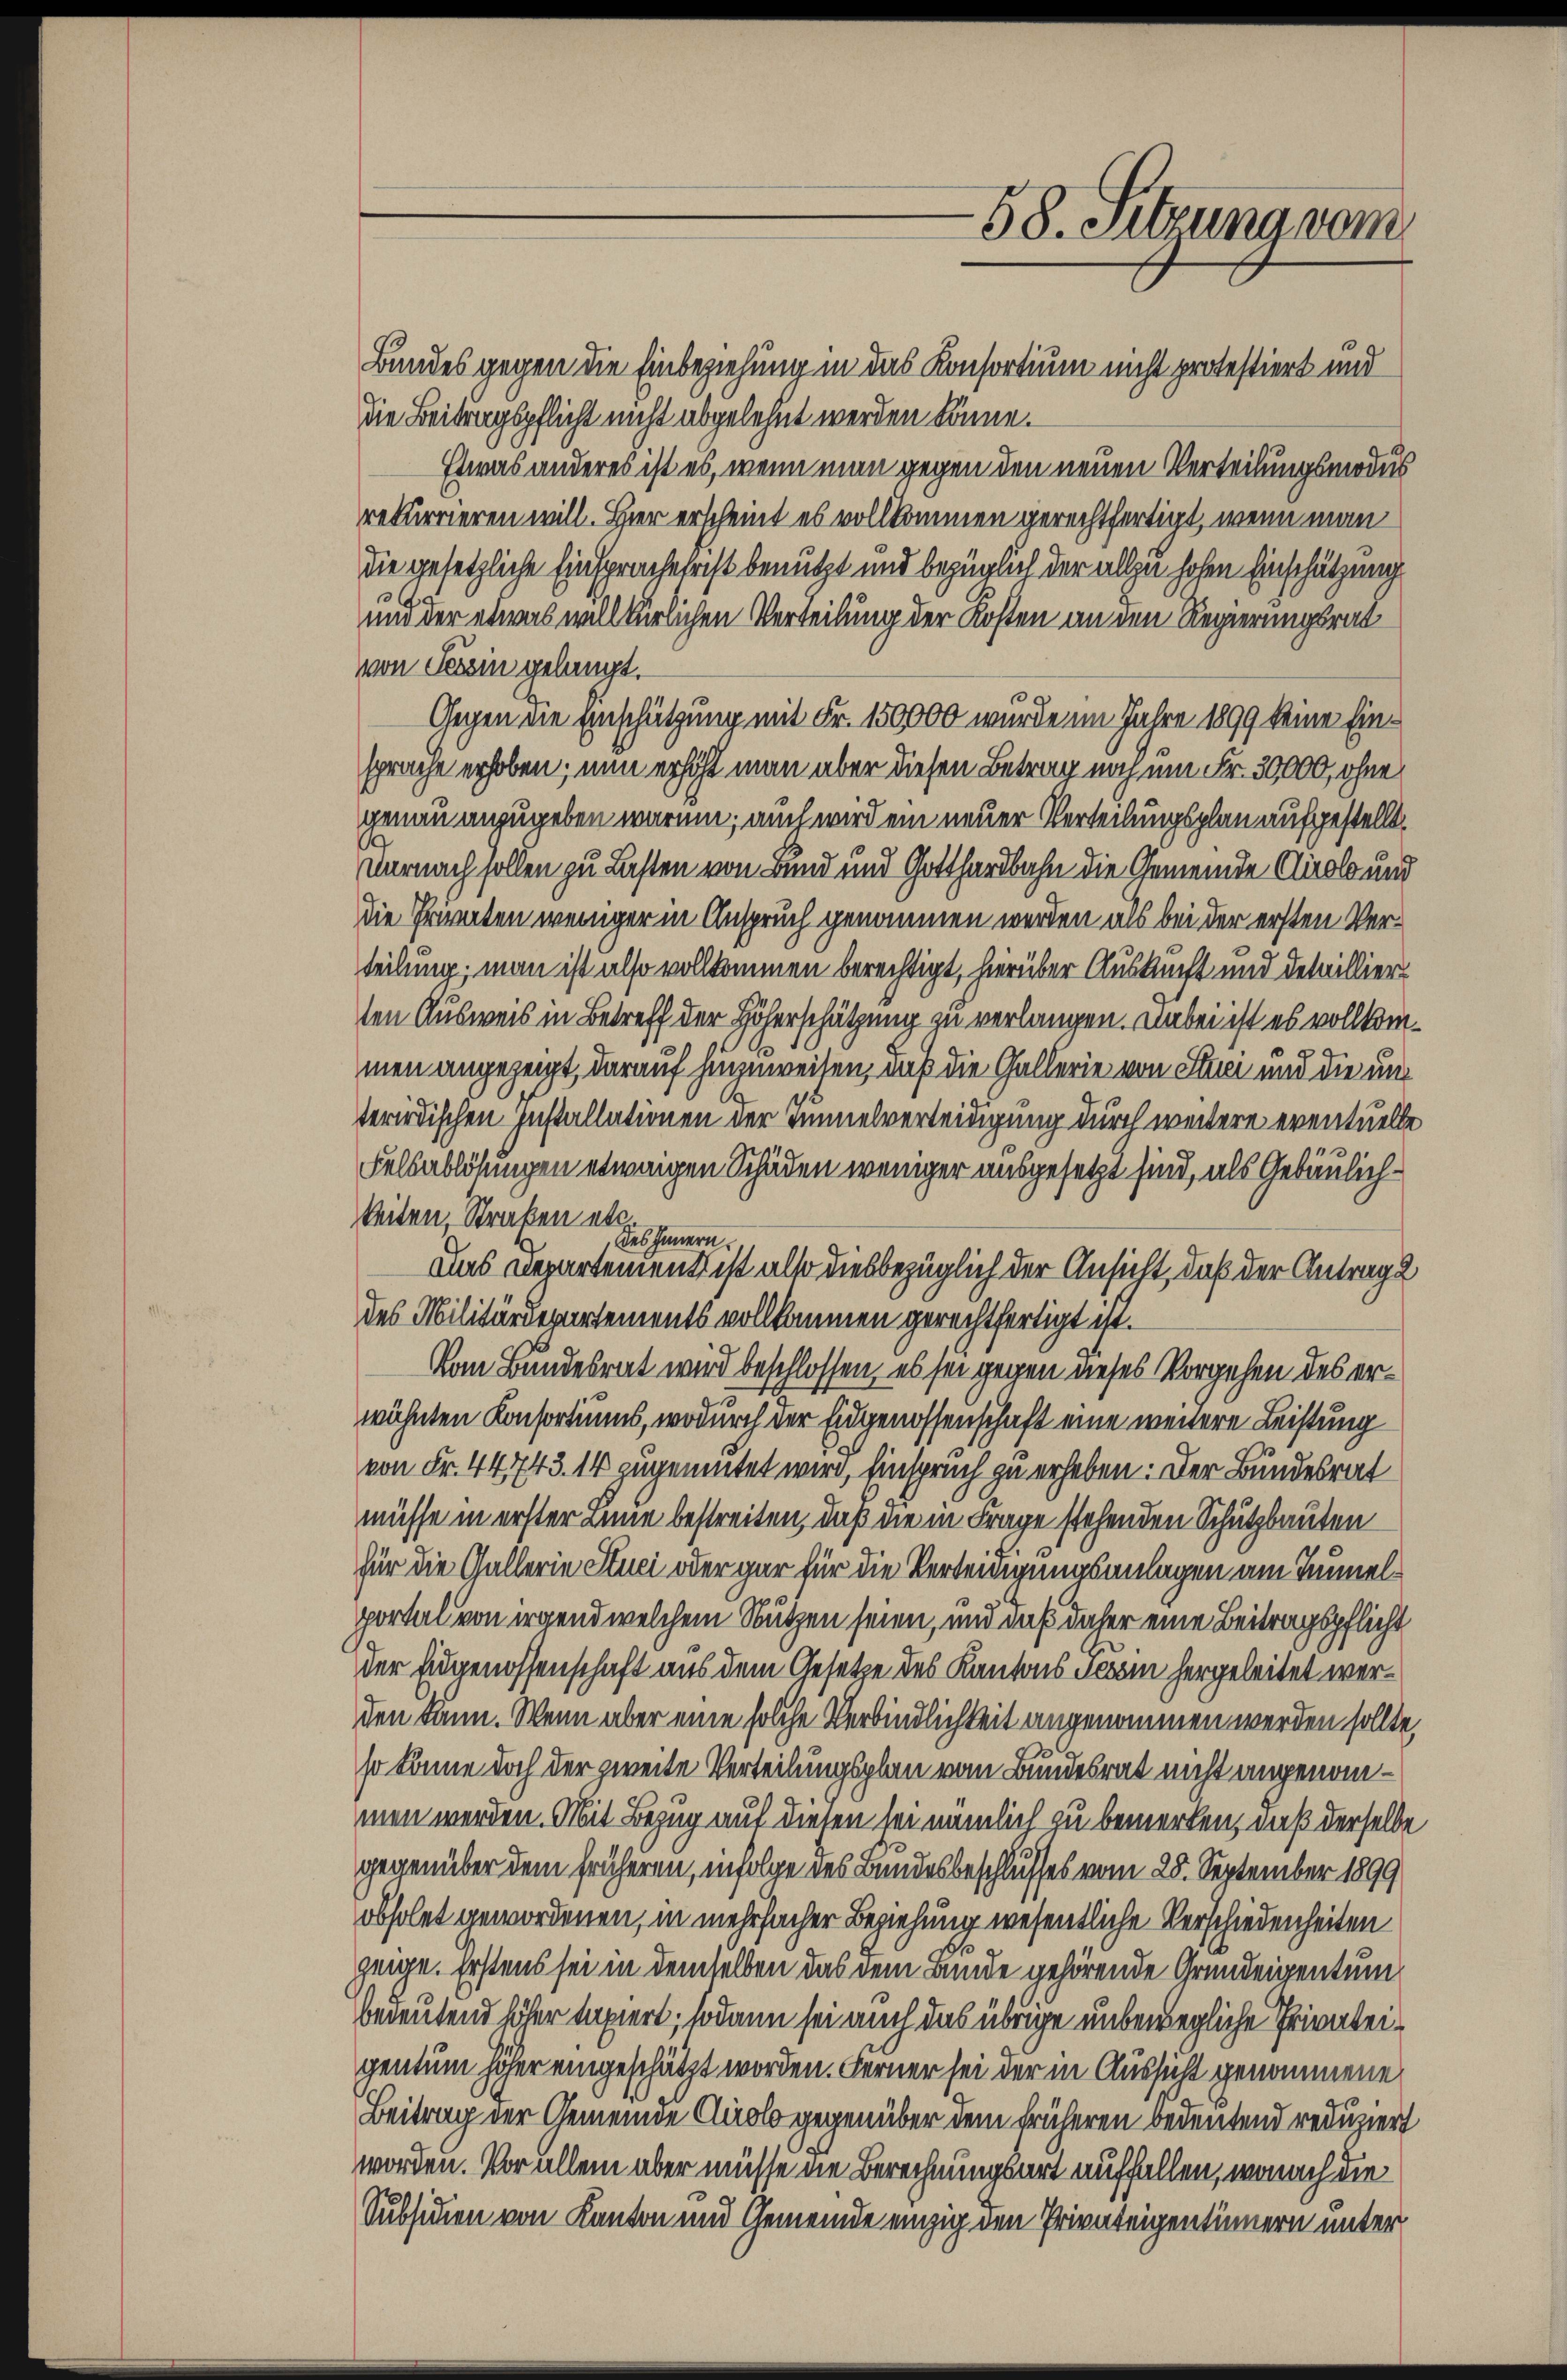
Bandes gegen die Einbeziehung in das Konsortium nicht protestiert und
die Beitragspflicht nicht abgelehnt werden könne.
Etwas anderes ist es, wenn man gegen den neuen Verteilungsmodus
rekurrieren will. Hier erscheint es vollkommen gerechtfertigt, wenn man
die gesetzliche Einspracherist benutzt und bezüglich der allzu hohen Einschätzung
und der etwas willkürlichen Verteilung der Kosten an den Regierungsrat
von Tessin gelangt.
3.
Gegen die Einschätzung mit Fr. 150000 wurde im Jahre 1899 keine Einsprache erhoben; nun erhöht man aber diesen Betrag noch um Fr. 30,000, ohne
genau anzugeben waren; auch wird ein neuer Verteilungsplan aufgestellt,
Darnach sollen zu Lasten von Bund und Gotthardbahn die Gemeinde Cirole und
die Prienten weniger in Anspruch genommen werden als bei der ersten Verteilung; man ist also vollkommen berechtigt, hierüber Auskunft und detaillier
ten Ausweis in Betreff der Höherschätzung zu verlangen. Dabei ist es vollkommen angezeigt, darauf hinzuweisen, daß die Gallerie von Stuci und die und
terirdischen Installationen der Tunnelverteidigung durch weitere eventuelle
Felsablösungen etwaigen Schäden weniger ausgesetzt sind, als Gebäulichkeiten, Straßen etc
des Innern.
Das Departement ist also diesbezüglich der Ansicht, daß der Antrage
des Militärdepartements vollkommen gerechtfertigt ist.
Vom Bundesrat wird beschlossen, es sei gegen dieses Vorgehen des erwähnten Konsortiums, wodurch der Eidgenossenschaft eine weitere Leistung
von Fr. 44743. 14 zugemutet wird, Einspruch zu erheben: Der Bundesrat
müsse in erster Linie bestreiten, daß die in Frage stehenden Schutzbauten
für die Gallerin Stuci oder gar für die Verteidigungsanlagen am Taumelportal von irgend welchem Nutzen seien, und daß daher eine Beitragspflicht
der Eidgenossenschaft aus dem Gesetze des Kantons dem hergeleitet werden kann. Wenn aber eine solche Verbindlichkeit angenommen werden sollte,
so könne doch der zweite Verteilungsplan vom Bundesrat nicht angenommen werden. Mit Bezug auf diesen sei nämlich zu bemerken, daß derselbe
gegenüber dem früheren, infolge des Bundesbeschlusses vom 28. September 1899
obholet gewordenen, in mehrfacher Beziehung wesentliche Verschiedenheiten
zeige. Erstens sei in demselben das dem Bunde gehörende Grundeigentum
bedeutend höher taxiert; sodann sei auch das übrige unbewegliche Privateigentum höher eingeschätzt worden. Ferner sei der in Aussicht genommene
Beitrag der Gemeinde Quolo gegenüber dem früheren bedeutend reduziert
worden. Vor allem aber müsse die Berechnungsart auffallen, wonach die
Subsiden von Kanton und Gemeinde einzig den Privateigentinnern unter

-58. Sitzung vom